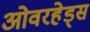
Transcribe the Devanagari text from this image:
ओवरहेड्स